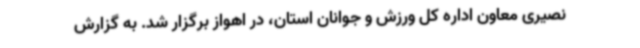
نصیری معاون اداره کل ورزش و جوانان استان، در اهواز برگزار شد. به گزارش